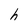
Character: h